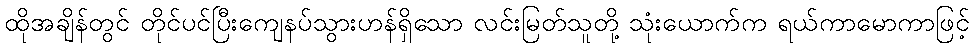
ထိုအချိန်တွင် တိုင်ပင်ပြီးကျေနပ်သွားဟန်ရှိသော လင်းမြတ်သူတို့ သုံးယောက်က ရယ်ကာမောကာဖြင့်